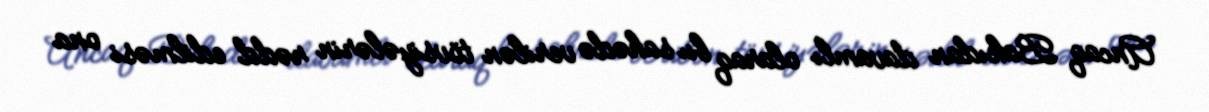
Ancaq Bakıdan davamlı olaraq bu sahədə verilən tövsiyələrin rədd edilməsi ona